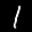
Label: 1